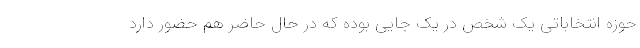
حوزه انتخاباتی یک شخص در یک جایی بوده که در حال حاضر هم حضور دارد